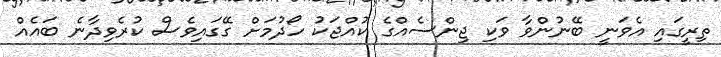
ތިރީގައި އެވަނީ ބޭނުންވާ ވަކި ޖިންސެއްގެ ކުއްޖަކު ހޯދުމަށް ގޭގައިވެސް ކުރެވިދާނެ ބައެއް